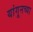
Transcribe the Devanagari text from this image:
यांगूनच्या